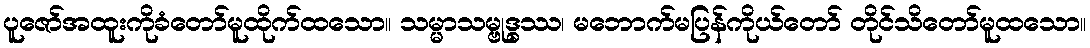
ပူဇော်အထူးကိုခံတော်မူထိုက်ထသော။ သမ္မာသမ္ဗုဒ္ဓဿ၊ မဘောက်မပြန်ကိုယ်တော် တိုင်သိတော်မူထသော။